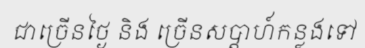
ជាច្រើនថ្ងៃ និង ច្រើនសប្តាហ៍កន្លងទៅ